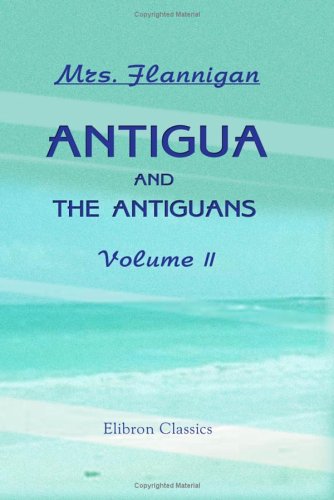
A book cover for Antigua and the Antiguans: a Full Account of the Colony and its Inhabitants from the Time of the Caribs to the Present Day, Interspersed with Anecdotes and Legends: Volume 2; Mrs. Flannigan; Travel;